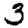
Digit: 3